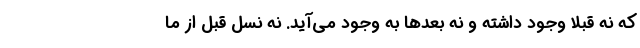
که نه قبلا وجود داشته و نه بعدها به وجود می‌آید. نه نسل قبل از ما